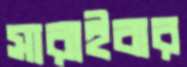
সারাইবার